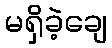
မရှိခဲ့ချေ